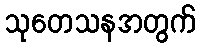
သုတေသနအတွက်